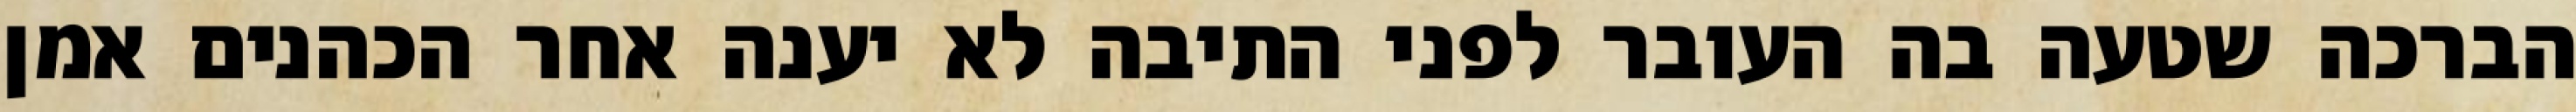
הברכה שטעה בה העובר לפני התיבה לא יענה אחר הכהנים אמן